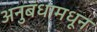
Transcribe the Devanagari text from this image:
अनुबंधामधून